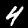
Digit: 4